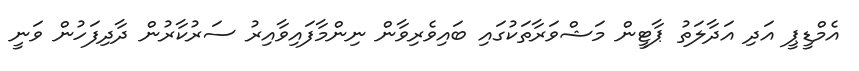
އެމްޑީޕީ އަދި އަދާލަތު ޕާޓީން މަޝްވަރާތަކުގައި ބައިވެރިވާން ނިންމާފައިވާއިރު ސަރުކާރުން ދާދިފަހުން ވަނީ